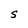
Character: S